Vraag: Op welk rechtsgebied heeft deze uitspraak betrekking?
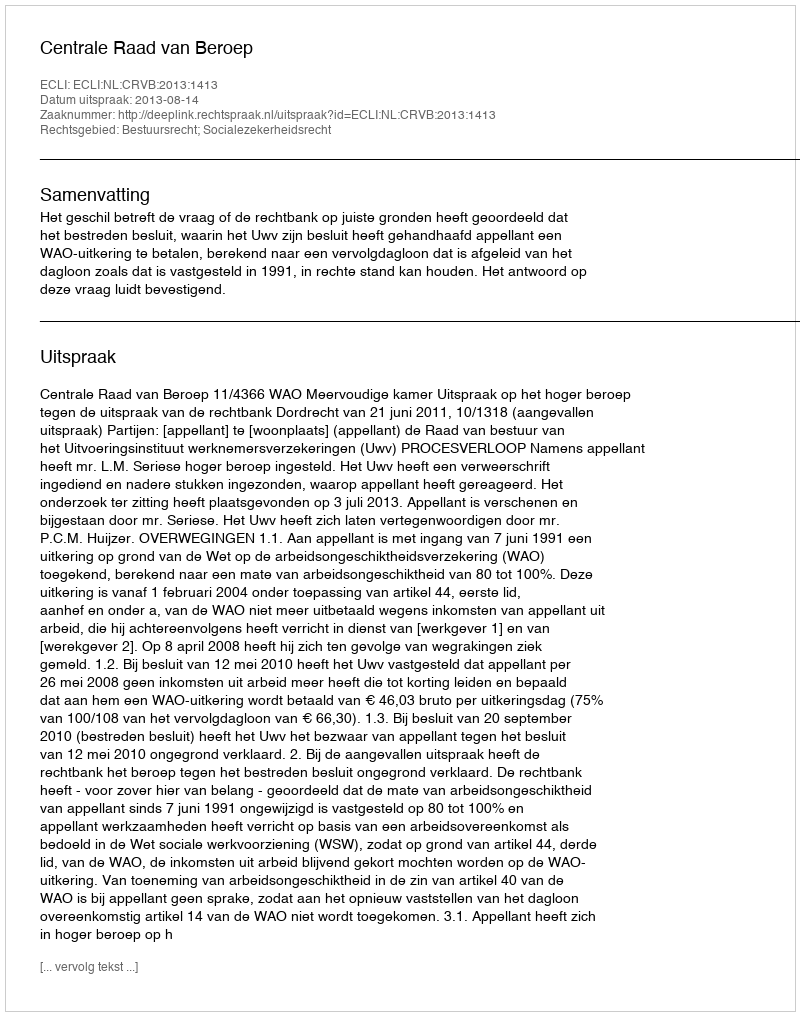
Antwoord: Bestuursrecht; Socialezekerheidsrecht